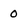
Character: 0